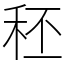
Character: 秠